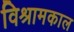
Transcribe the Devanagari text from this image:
विश्रामकाल